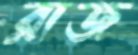
রাজ